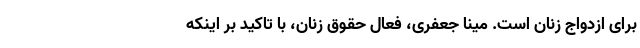
برای ازدواج زنان است. مینا جعفری، فعال حقوق زنان، با تاکید بر اینکه